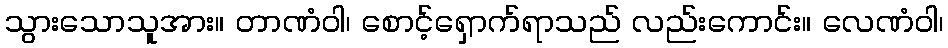
သွားသောသူအား။ တာဏံဝါ၊ စောင့်ရှောက်ရာသည် လည်းကောင်း။ လေဏံဝါ၊